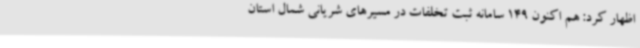
اظهار کرد: هم اکنون 149 سامانه ثبت تخلفات در مسیرهای شریانی شمال استان